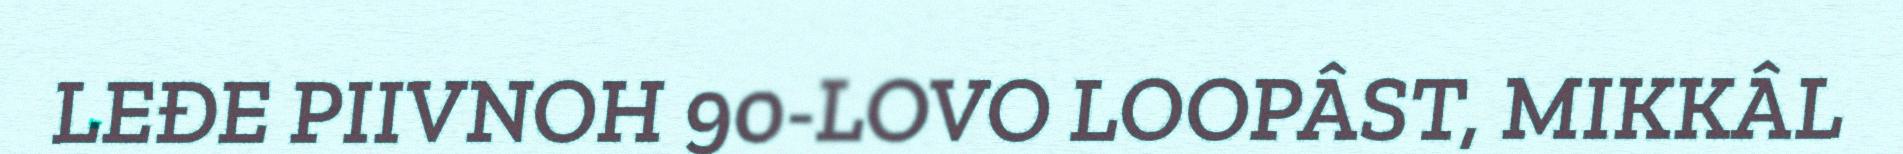
LEĐE PIIVNOH 90-LOVO LOOPÂST, MIKKÂL